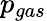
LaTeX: p_{gas}